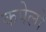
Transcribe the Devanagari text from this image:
कपेलो